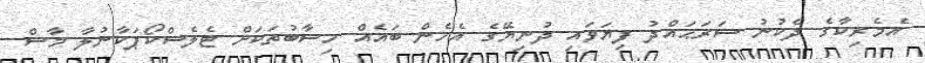
އެމެރިކާގެ ދެކުނު ސަރަޙައްދު ފިޔަވައި ދުނިޔޭގެ އެހެން ބައެއް ހިސާބުތަކަށް ޓެލެސްކޯޕަކާނުލާ މާސް